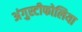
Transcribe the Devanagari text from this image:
अंगुस्टीफोलिया